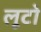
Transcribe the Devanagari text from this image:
लूटो